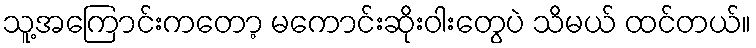
သူ့အကြောင်းကတော့ မကောင်းဆိုးဝါးတွေပဲ သိမယ် ထင်တယ်။